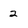
Character: 2